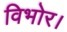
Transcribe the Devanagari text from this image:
विभोर।